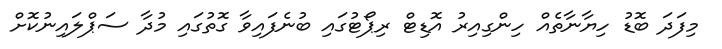
މިފަދަ ބޮޑު ހިޔާނާތެއް ހިންގިއިރު އޮޑިޓް ރިޕޯޓުގައި ބުނެފައިވާ ގޮތުގައި މުދާ ސަޕްލައިނުކޮށް